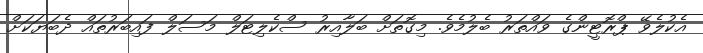
އެކުލެވޭ ޕްރޮޓީންގެ ވައްތަރު ބެލުމެވެ. މިގޮތަށް ބަލާއިރު ސްކެލިޓަލް މަސަލް ފައިބަރުތައް ދެބަޔަކަށް